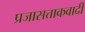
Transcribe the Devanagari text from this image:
प्रजासत्ताकवादी